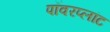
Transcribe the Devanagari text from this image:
पॉवरप्लांट